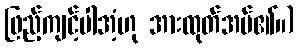
ဖြည့်ကျင့်ပါအံ့ဟု အားထုတ်အပ်၏။)